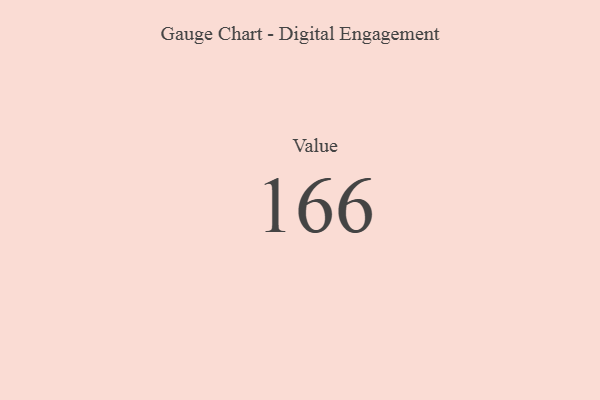
{"axis": {"x": "Metric", "y": "Value"}, "legend": [""], "data": [{"x": "Value", "y": 166, "type": ""}]}